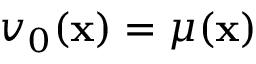
v _ { 0 } ( { \bf x } ) = \mu ( { \bf x } )